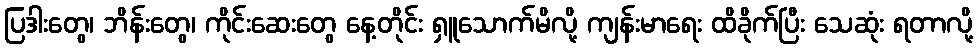
ပြဒါးတွေ၊ ဘိန်းတွေ၊ ကိုင်းဆေးတွေ နေ့တိုင်း ရှူသောက်မိလို့ ကျန်းမာရေး ထိခိုက်ပြီး သေဆုံး ရတာလို့